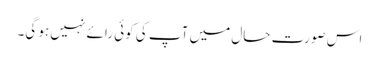
اس صورتِ حال میں آپ کی کوئی رائے نہیں ہو گی۔